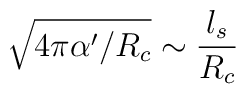
\sqrt{4\pi \alpha '/R_{c}}\sim \frac{l_{s}}{R_{c}}